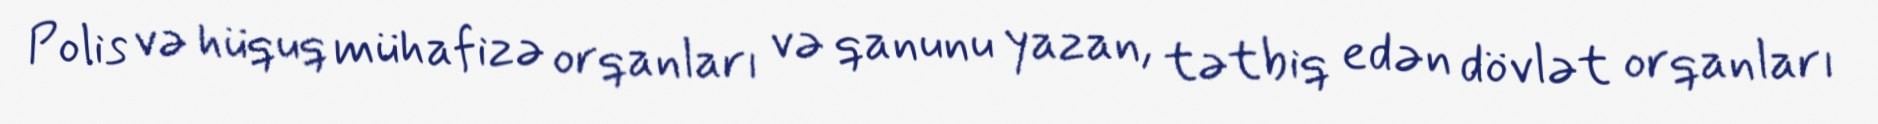
Polis və hüquq mühafizə orqanları və qanunu yazan, tətbiq edən dövlət orqanları